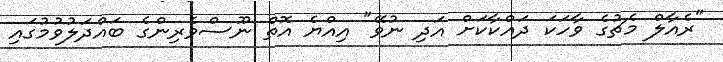
"ރެއާލް މެޗުގެ ވާހަކަ ދައްކާކަށް އަދި ނުވޭ" އިއްޔެ އޮތް ނޫސްވެރިންގެ ބައްދަލުވުމުގައި